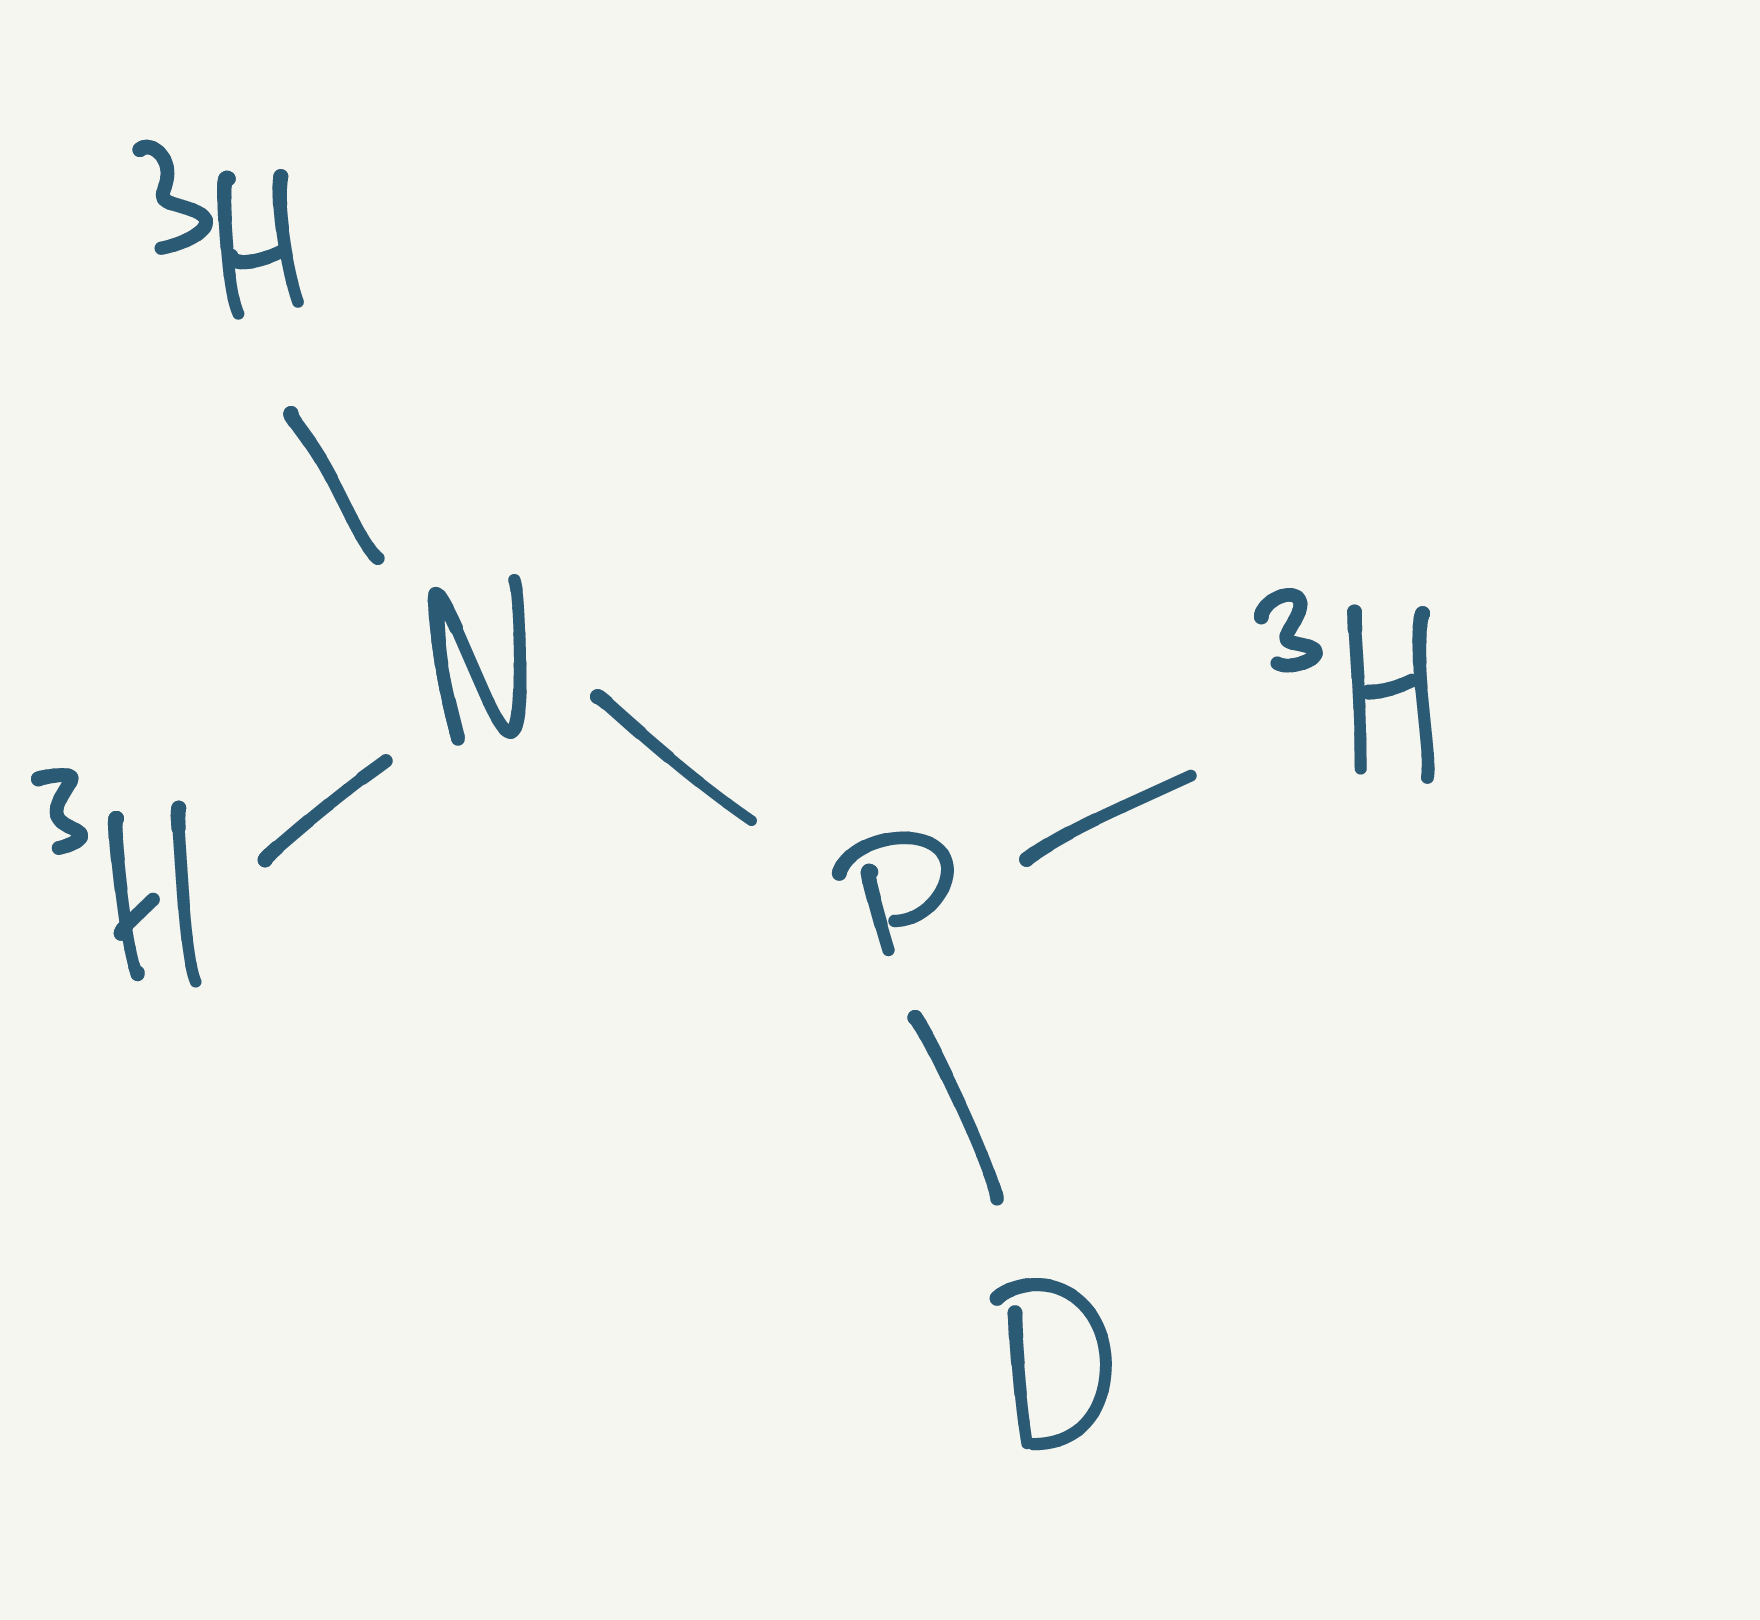
Simplified molecular-input line-entry system (SMILES) notation of the given molecule:
[2H]P([3H])N([3H])[3H]